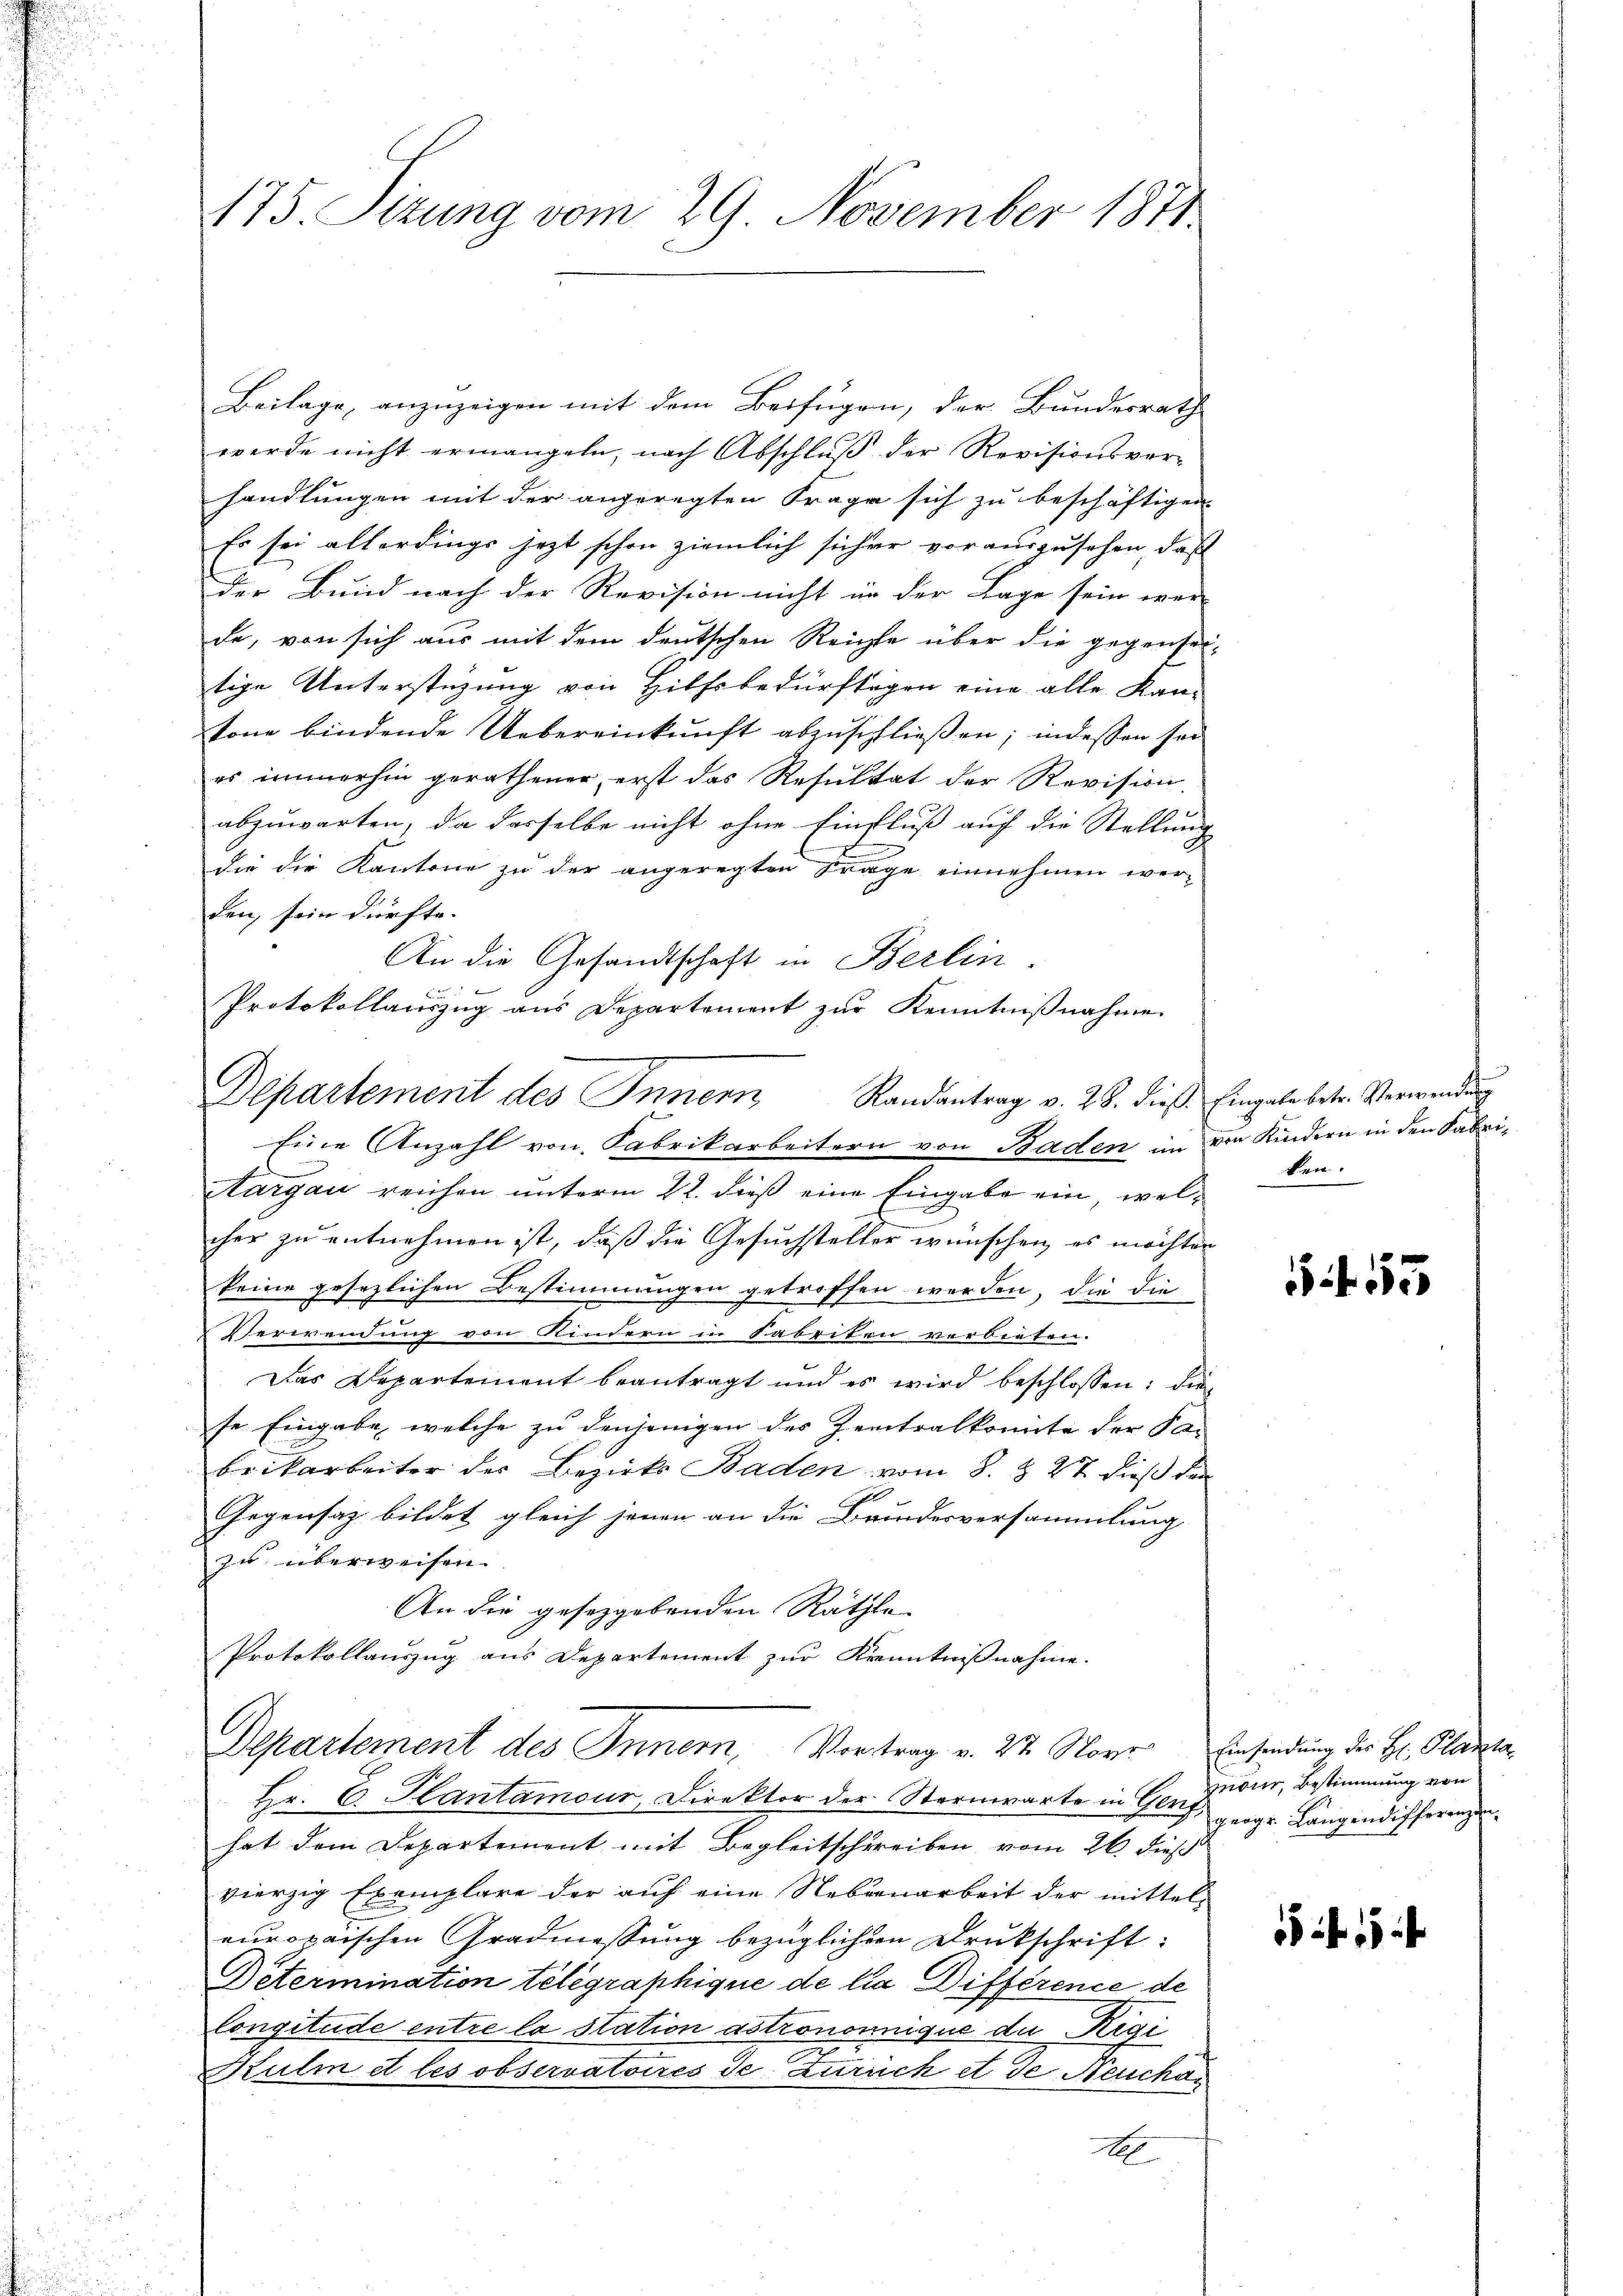
175. Sizung vom 29. November 1871.

Departement des Innern Randantrag v. 28. dieß. Eingabe betr. Verwendung

Beilage, anzuzeigen mit dem Beifügen, der Bundesrath
werde nicht ermangeln, nach Abschluß der Revisionsver-
handlungen mit der angeregten Frage sich zu beschäftigen
Es sei allerdings jezt schon ziemlich sicher vorauszusehen, daß
der Bund nach der Revision nicht in der Lage sein wer-
de, von sich aus mit dem deutschen Reichte über die gegenseitige Unterstüzung von Hilfsbedürftigen eine alle Kan-
tone bindende Uebereinkunft abzuschließen; indessen sei
es immerhin gerathener erst das Resultat der Revision.
abzuwarten, da dasselbe nicht ohne Einfluß auf die Stellung
die die Kantone zu der angeregten Frage einnehmen werden, sein dürfte.
An die Gesandtschaft in Berlin

Protokollauszug aus Departement zur Kenntnißnahme
Eine Anzahl von Fabrikarbeitern von Baden im von Kindern in den Fabrimenen
Aargau reichen unterm 22. dieß eine Eingabe ein, welcher zu entnehmen ist, daß die Gesuchsteller wünschen, es möchten
keine gesezlichen Bestimmungen getroffen werden, die die
Verwendung von Kindern in Sabriten verbieten.
Das Departement beantragt und es wird beschlossen: die
se Eingabe, welche zu denjenigen des Zentralkomite der Fa-
brikarbeiter der Bezirks Baden vom 8. & 27. dieß den
Gegensatz bildet gleich jenen an die Brundesversammlung
zu überweisen.
An die gesetzgebenden Räthe
Protokollauszug aus Departement zur Kenntnißnahme.
Departement des Innern, Vortrag v. 22. Nover Einsendung der H. Planta
Hr. C. Plantamour, Direktor der Sternwarte in Gleich, gegen Langendifferenze
hat dem Departement mit Begleitschreiben vom 26. dieß
vierzig Exemplare der auf eine Nebenarbeit der mittel-
europaischen Gradmessung bezüglichen Drukschrift:
Petermination telegraphique de la Différence de
Congitude entre la station astrononnique der Regi
Kulm et les observatoires de Zürich et de Neuchar
A

ken.

f 55

mour, Bestimmung von